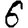
Digit: 6